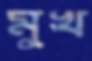
মুখ